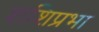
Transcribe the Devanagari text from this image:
शशिप्रभा